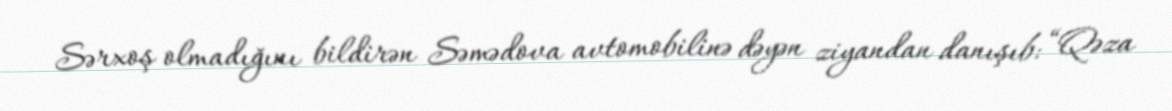
Sərxoş olmadığını bildirən Səmədova avtomobilinə dəyən ziyandan danışıb: “Qəza